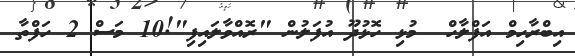
އިބްރާހިމް އަފްލާހް  މުޅި ހޮޅުދޫ އުފަލުން "ރޮއްވާލައިފި"!10 މަސް 2 ހަފްތާ